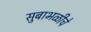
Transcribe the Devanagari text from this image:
सुबाभळीचे